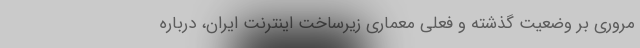
مروری بر وضعیت گذشته و فعلی معماری زیرساخت اینترنت ایران، درباره